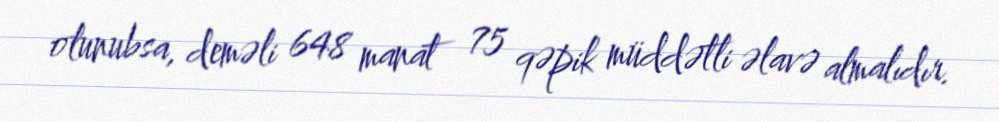
olunubsa, deməli 648 manat 75 qəpik müddətli əlavə almalıdır.